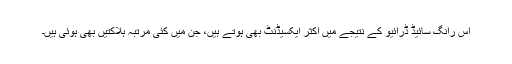
اس رانگ سائیڈ ڈرائیو کے نتیجے میں اکثر ایکسیڈنٹ بھی ہوتے ہیں، جن میں کئی مرتبہ ہلاکتیں بھی ہوئی ہیں۔